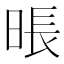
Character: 𰖎